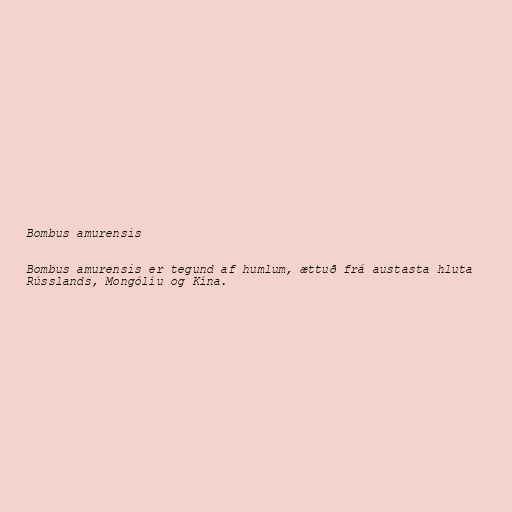
Bombus amurensis

Bombus amurensis er tegund af humlum, ættuð frá austasta hluta
Rússlands, Mongólíu og Kína.